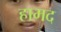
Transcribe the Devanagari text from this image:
हामद